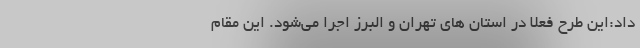
داد:این طرح فعلا در استان های تهران و البرز اجرا می‌شود. این مقام